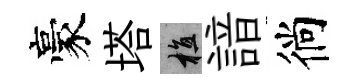
豪塔植諳徜